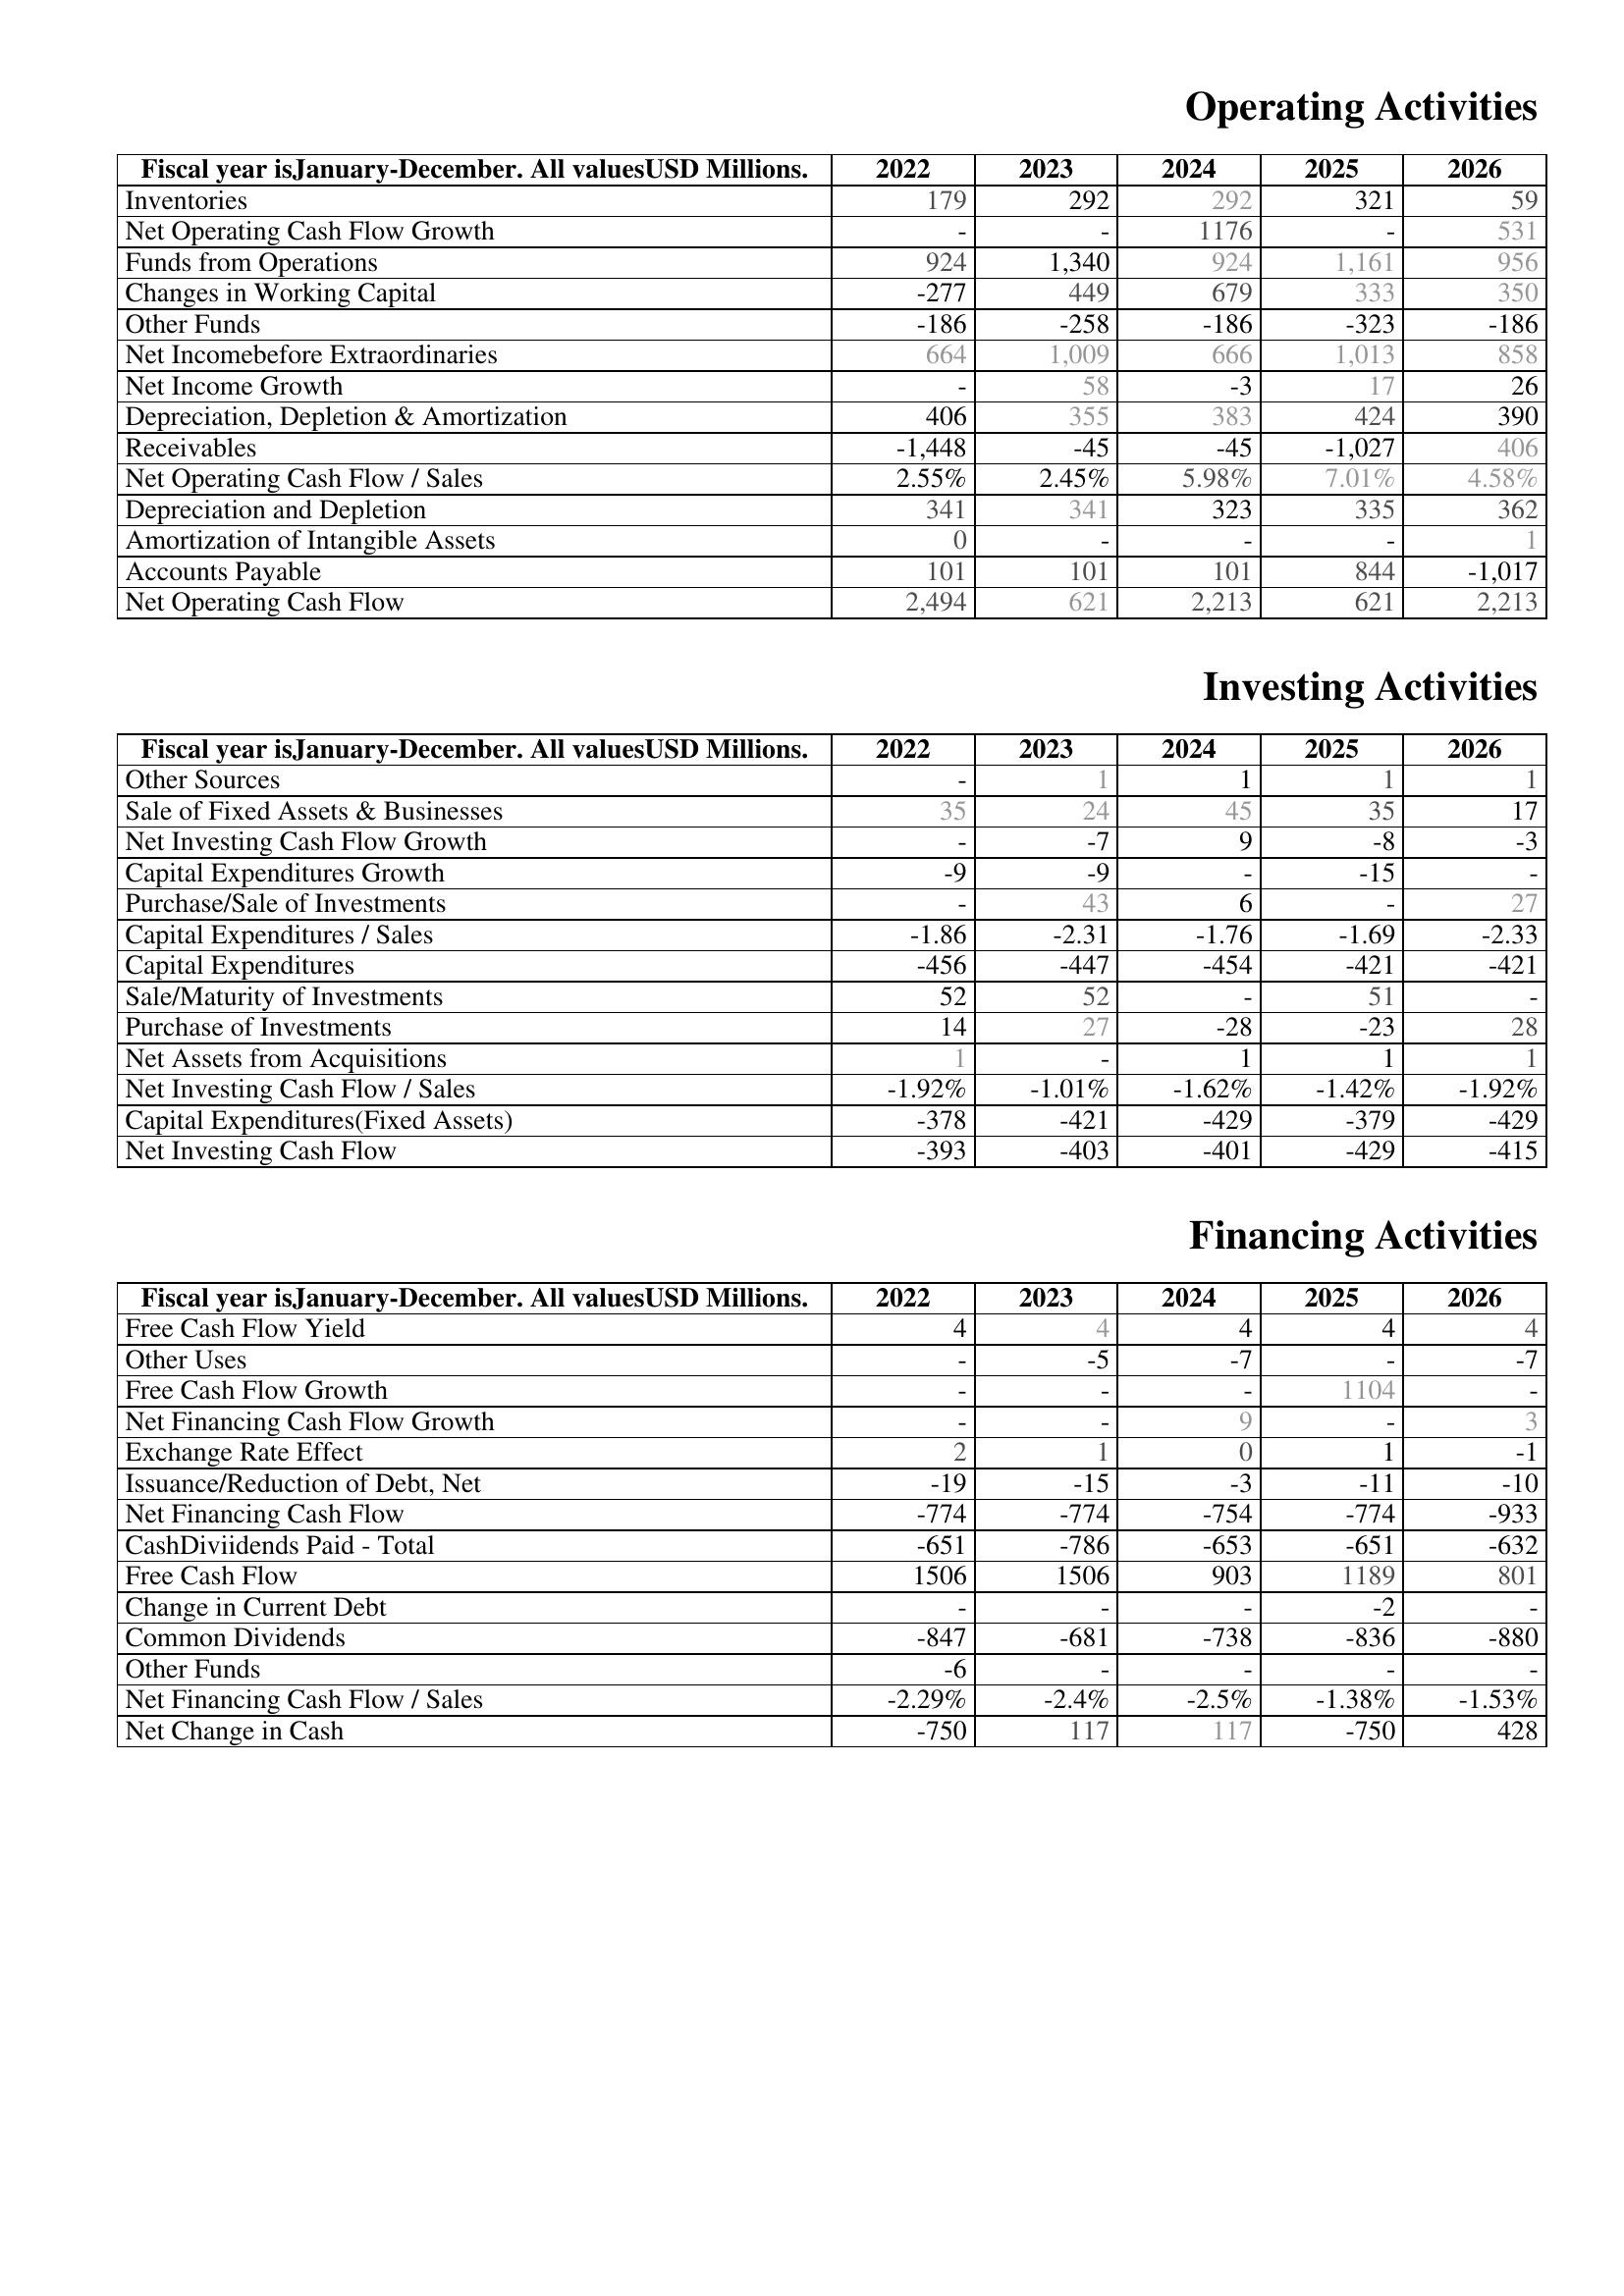
2022: Operating Activities: Inventories: 179
Net Operating Cash Flow Growth: -
Funds from Operations: 924
Changes in Working Capital: -277
Other Funds: -186
Net Incomebefore Extraordinaries: 664
Net Income Growth: -
Depreciation, Depletion & Amortization: 406
Receivables: -1,448
Net Operating Cash Flow / Sales: 2.55%
Depreciation and Depletion: 341
Amortization of Intangible Assets: 0
Accounts Payable: 101
Net Operating Cash Flow: 2,494
Investing Activities: Other Sources: -
Sale of Fixed Assets & Businesses: 35
Net Investing Cash Flow Growth: -
Capital Expenditures Growth: -9
Purchase/Sale of Investments: -
Capital Expenditures / Sales: -1.86
Capital Expenditures: -456
Sale/Maturity of Investments: 52
Purchase of Investments: 14
Net Assets from Acquisitions: 1
Net Investing Cash Flow / Sales: -1.92%
Capital Expenditures(Fixed Assets): -378
Net Investing Cash Flow: -393
Financing Activities: Free Cash Flow Yield: 4
Other Uses: -
Free Cash Flow Growth: -
Net Financing Cash Flow Growth: -
Exchange Rate Effect: 2
Issuance/Reduction of Debt, Net: -19
Net Financing Cash Flow: -774
CashDiviidends Paid - Total: -651
Free Cash Flow: 1506
Change in Current Debt: -
Common Dividends: -847
Other Funds: -6
Net Financing Cash Flow / Sales: -2.29%
Net Change in Cash: -750
2023: Operating Activities: Inventories: 292
Net Operating Cash Flow Growth: -
Funds from Operations: 1,340
Changes in Working Capital: 449
Other Funds: -258
Net Incomebefore Extraordinaries: 1,009
Net Income Growth: 58
Depreciation, Depletion & Amortization: 355
Receivables: -45
Net Operating Cash Flow / Sales: 2.45%
Depreciation and Depletion: 341
Amortization of Intangible Assets: -
Accounts Payable: 101
Net Operating Cash Flow: 621
Investing Activities: Other Sources: 1
Sale of Fixed Assets & Businesses: 24
Net Investing Cash Flow Growth: -7
Capital Expenditures Growth: -9
Purchase/Sale of Investments: 43
Capital Expenditures / Sales: -2.31
Capital Expenditures: -447
Sale/Maturity of Investments: 52
Purchase of Investments: 27
Net Assets from Acquisitions: -
Net Investing Cash Flow / Sales: -1.01%
Capital Expenditures(Fixed Assets): -421
Net Investing Cash Flow: -403
Financing Activities: Free Cash Flow Yield: 4
Other Uses: -5
Free Cash Flow Growth: -
Net Financing Cash Flow Growth: -
Exchange Rate Effect: 1
Issuance/Reduction of Debt, Net: -15
Net Financing Cash Flow: -774
CashDiviidends Paid - Total: -786
Free Cash Flow: 1506
Change in Current Debt: -
Common Dividends: -681
Other Funds: -
Net Financing Cash Flow / Sales: -2.4%
Net Change in Cash: 117
2024: Operating Activities: Inventories: 292
Net Operating Cash Flow Growth: 1176
Funds from Operations: 924
Changes in Working Capital: 679
Other Funds: -186
Net Incomebefore Extraordinaries: 666
Net Income Growth: -3
Depreciation, Depletion & Amortization: 383
Receivables: -45
Net Operating Cash Flow / Sales: 5.98%
Depreciation and Depletion: 323
Amortization of Intangible Assets: -
Accounts Payable: 101
Net Operating Cash Flow: 2,213
Investing Activities: Other Sources: 1
Sale of Fixed Assets & Businesses: 45
Net Investing Cash Flow Growth: 9
Capital Expenditures Growth: -
Purchase/Sale of Investments: 6
Capital Expenditures / Sales: -1.76
Capital Expenditures: -454
Sale/Maturity of Investments: -
Purchase of Investments: -28
Net Assets from Acquisitions: 1
Net Investing Cash Flow / Sales: -1.62%
Capital Expenditures(Fixed Assets): -429
Net Investing Cash Flow: -401
Financing Activities: Free Cash Flow Yield: 4
Other Uses: -7
Free Cash Flow Growth: -
Net Financing Cash Flow Growth: 9
Exchange Rate Effect: 0
Issuance/Reduction of Debt, Net: -3
Net Financing Cash Flow: -754
CashDiviidends Paid - Total: -653
Free Cash Flow: 903
Change in Current Debt: -
Common Dividends: -738
Other Funds: -
Net Financing Cash Flow / Sales: -2.5%
Net Change in Cash: 117
2025: Operating Activities: Inventories: 321
Net Operating Cash Flow Growth: -
Funds from Operations: 1,161
Changes in Working Capital: 333
Other Funds: -323
Net Incomebefore Extraordinaries: 1,013
Net Income Growth: 17
Depreciation, Depletion & Amortization: 424
Receivables: -1,027
Net Operating Cash Flow / Sales: 7.01%
Depreciation and Depletion: 335
Amortization of Intangible Assets: -
Accounts Payable: 844
Net Operating Cash Flow: 621
Investing Activities: Other Sources: 1
Sale of Fixed Assets & Businesses: 35
Net Investing Cash Flow Growth: -8
Capital Expenditures Growth: -15
Purchase/Sale of Investments: -
Capital Expenditures / Sales: -1.69
Capital Expenditures: -421
Sale/Maturity of Investments: 51
Purchase of Investments: -23
Net Assets from Acquisitions: 1
Net Investing Cash Flow / Sales: -1.42%
Capital Expenditures(Fixed Assets): -379
Net Investing Cash Flow: -429
Financing Activities: Free Cash Flow Yield: 4
Other Uses: -
Free Cash Flow Growth: 1104
Net Financing Cash Flow Growth: -
Exchange Rate Effect: 1
Issuance/Reduction of Debt, Net: -11
Net Financing Cash Flow: -774
CashDiviidends Paid - Total: -651
Free Cash Flow: 1189
Change in Current Debt: -2
Common Dividends: -836
Other Funds: -
Net Financing Cash Flow / Sales: -1.38%
Net Change in Cash: -750
2026: Operating Activities: Inventories: 59
Net Operating Cash Flow Growth: 531
Funds from Operations: 956
Changes in Working Capital: 350
Other Funds: -186
Net Incomebefore Extraordinaries: 858
Net Income Growth: 26
Depreciation, Depletion & Amortization: 390
Receivables: 406
Net Operating Cash Flow / Sales: 4.58%
Depreciation and Depletion: 362
Amortization of Intangible Assets: 1
Accounts Payable: -1,017
Net Operating Cash Flow: 2,213
Investing Activities: Other Sources: 1
Sale of Fixed Assets & Businesses: 17
Net Investing Cash Flow Growth: -3
Capital Expenditures Growth: -
Purchase/Sale of Investments: 27
Capital Expenditures / Sales: -2.33
Capital Expenditures: -421
Sale/Maturity of Investments: -
Purchase of Investments: 28
Net Assets from Acquisitions: 1
Net Investing Cash Flow / Sales: -1.92%
Capital Expenditures(Fixed Assets): -429
Net Investing Cash Flow: -415
Financing Activities: Free Cash Flow Yield: 4
Other Uses: -7
Free Cash Flow Growth: -
Net Financing Cash Flow Growth: 3
Exchange Rate Effect: -1
Issuance/Reduction of Debt, Net: -10
Net Financing Cash Flow: -933
CashDiviidends Paid - Total: -632
Free Cash Flow: 801
Change in Current Debt: -
Common Dividends: -880
Other Funds: -
Net Financing Cash Flow / Sales: -1.53%
Net Change in Cash: 428